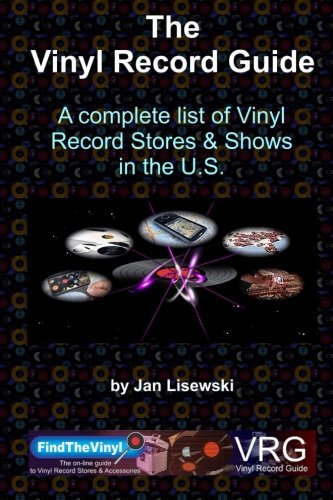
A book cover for The Vinyl Record Guide; Mr Jan J Lisewski; Crafts, Hobbies & Home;